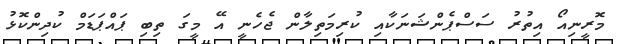
މޮރީނިއޯ އިތުރު ސަސްޕެންޝަނަކާއި ކުރިމަތިލާން ޖެހެނީ އޭ މީގަ ތިބި ޕައްޕަޑަމް ކުދިންކޮޅު